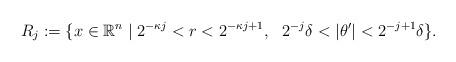
LaTeX: \begin{align*} R_j:=\{x\in \mathbb{R}^n \mid 2^{-\kappa j}<r<2^{-\kappa j+1}, \ \ 2^{-j}\delta<|\theta'|<2^{-j+1}\delta\}.\end{align*}